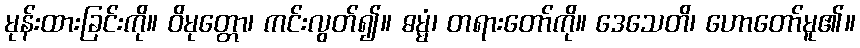
မုန်းထားခြင်းကို။ ဝိမုတ္တော၊ ကင်းလွတ်၍။ ဓမ္မံ၊ တရားတော်ကို။ ဒေသေတိ၊ ဟောတော်မူ၏။